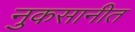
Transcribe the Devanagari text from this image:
नुकसानीत